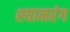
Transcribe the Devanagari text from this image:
श्यामरंग